Annual administration report of the Civil Veterinary Department of India - 1892-1893
Year: 1892
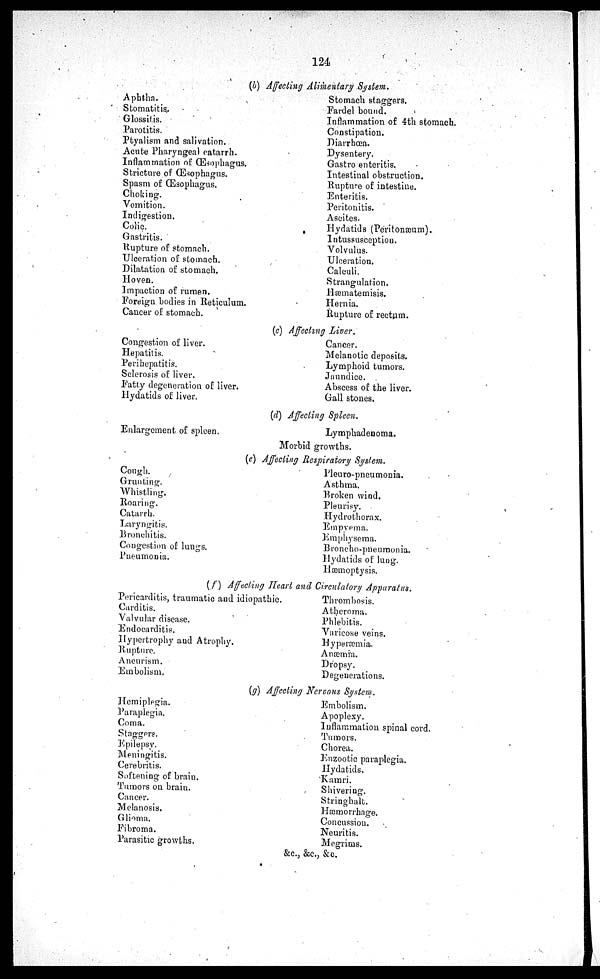
124.
(b) Affecting Alimentary
System.
Aphtha.
Stomatitis.
Glossitis.
Parotitis.
Ptyalism and salivation.
Acute Pharyngeal catarrh.
Inflammation of Œsophagus.
Stricture of Œsophagus.
Spasm of Œsophagus.
Choking.
Vomition.
Indigestion.
Colic.
Gastritis.
Rupture of stomach.
Ulceration of stomach.
Dilatation of stomach.
Hoven.
Impaction of rumen.
Foreign bodies in Reticulum.
Cancer of stomach.
Stomach staggers.
Fardel bound.
Inflammation of 4th stomach.
Constipation.
Diarrhœa.
Dysentery.
Gastro enteritis.
Intestinal obstruction.
Rupture of intestine.
Enteritis.
Peritonitis.
Ascites.
Hydatids (Peritonæum).
Intussusception.
Volvulus.
Ulceration.
Calculi.
Strangulation.
Hæmatemisis.
Hernia.
Rupture of rectum.
(c) Affecting Liver.
Congestion of liver.
Hepatitis.
Perihepatitis.
Sclerosis of liver.
Fatty degeneration of liver.
Hydatids of liver.
Cancer.
Melanotic deposits.
Lymphoid tumors.
Jaundice.
Abscess of the liver.
Gall stones.
(d) Affecting Spleen.
Enlargement of spleen.
Lymphadenoma.
Morbid growths.
(e) Affecting Respiratory
System.
Cough.
Grunting.
Whistling.
Roaring.
Catarrh.
Laryngitis
Bronchitis.
Congestion of lungs.
Pneumonia.
Pleuro-pneumonia.
Asthma.
Broken wind.
Pleurisy.
Hydrothorax.
Empyema.
Emphysema.
Broncho-pneumonia.
Hydatids of lung.
Hæmoptysis.
(f) Affecting Heart and Circulatory
Apparatus.
Pericarditis, traumatic and idiopathic.
Carditis.
Valvular disease.
Endocarditis.
Hypertrophy and Atrophy.
Rupture.
Aneurism.
Embolism.
Thrombosis.
Atheroma.
Phlebitis.
Varicose veins.
Hyperæmia.
Anæmia.
Dropsy.
Degenerations.
(g) Affecting Nervous System.
Hemiplegia.
Paraplegia.
Coma.
Staggers.
Epilepsy.
Meningitis.
Cerebritis.
Softening of brain.
Tumors on brain.
Cancer.
Melanosis.
Glioma.
Fibroma.
Parasitic growths.
Embolism.
Apoplexy.
Inflammation spinal cord.
Tumors.
Chorea.
Enzootic paraplegia.
Hydatids.
Kamri.
Shivering.
Stringhalt.
Hæmorrhage.
Concussion.
Neuritis.
Megrims.
&c., &c., &c.